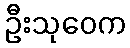
ဦးသုဝေက